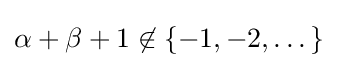
\alpha +\beta +1\not \in \{-1,-2,\dots \}